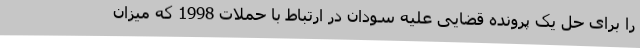
را برای حل یک پرونده قضایی علیه سودان در ارتباط با حملات 1998 که میزان